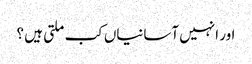
اور انہیں آسانیاں کب ملتی ہیں ؟